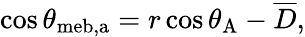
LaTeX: \cos\theta_{\mathrm{{meb,a}}}=r\cos\theta_{\mathrm{{A}}}-\overline{{D}},